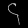
Digit: ၄